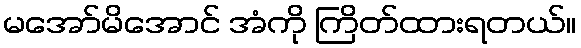
မအော်မိအောင် အံကို ကြိတ်ထားရတယ်။